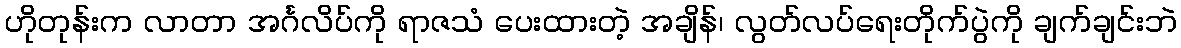
ဟိုတုန်းက လာတာ အင်္ဂလိပ်ကို ရာဇသံ ပေးထားတဲ့ အချိန်၊ လွတ်လပ်ရေးတိုက်ပွဲကို ချက်ချင်းဘဲ